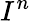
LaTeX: I^{n}